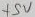
Text: +5V